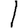
Digit: 1